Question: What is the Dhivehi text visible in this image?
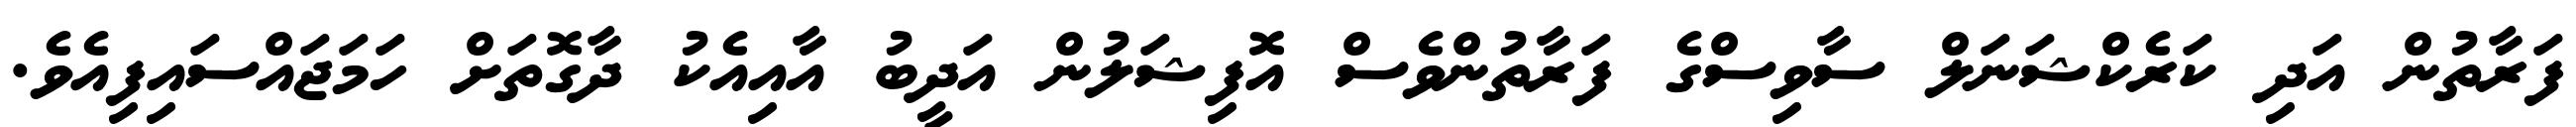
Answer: ފަރާތުން އަދި ކަރެކްޝަނަލް ސާވިސްގެ ފަރާތުންވެސް އޮފިޝަލުން އަދީބު އާއިއެކު ދާގޮތަށް ހަމަޖައްސައިފިއެވެ.